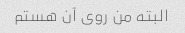
البته من روی آن هستم